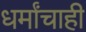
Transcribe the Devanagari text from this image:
धर्मांचाही